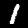
Label: 1